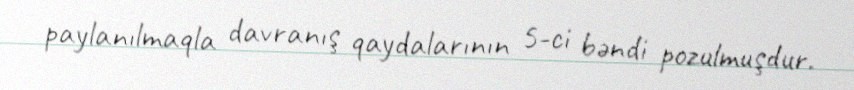
paylanılmaqla davranış qaydalarının 5-ci bəndi pozulmuşdur.